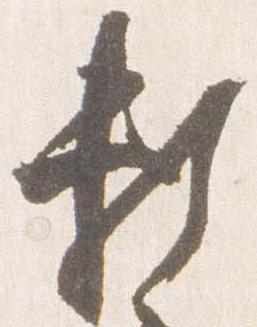
頼